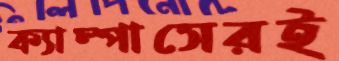
ক্যাম্পাসেরই